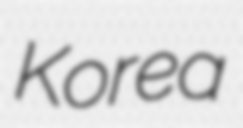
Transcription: Korea